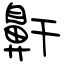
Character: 鼾